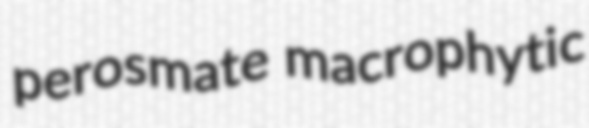
perosmate macrophytic